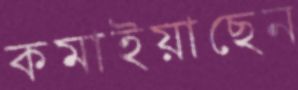
কমাইয়াছেন